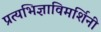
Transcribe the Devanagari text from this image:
प्रत्यभिज्ञाविमर्शिनी